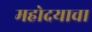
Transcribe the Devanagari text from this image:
महोदयाचा